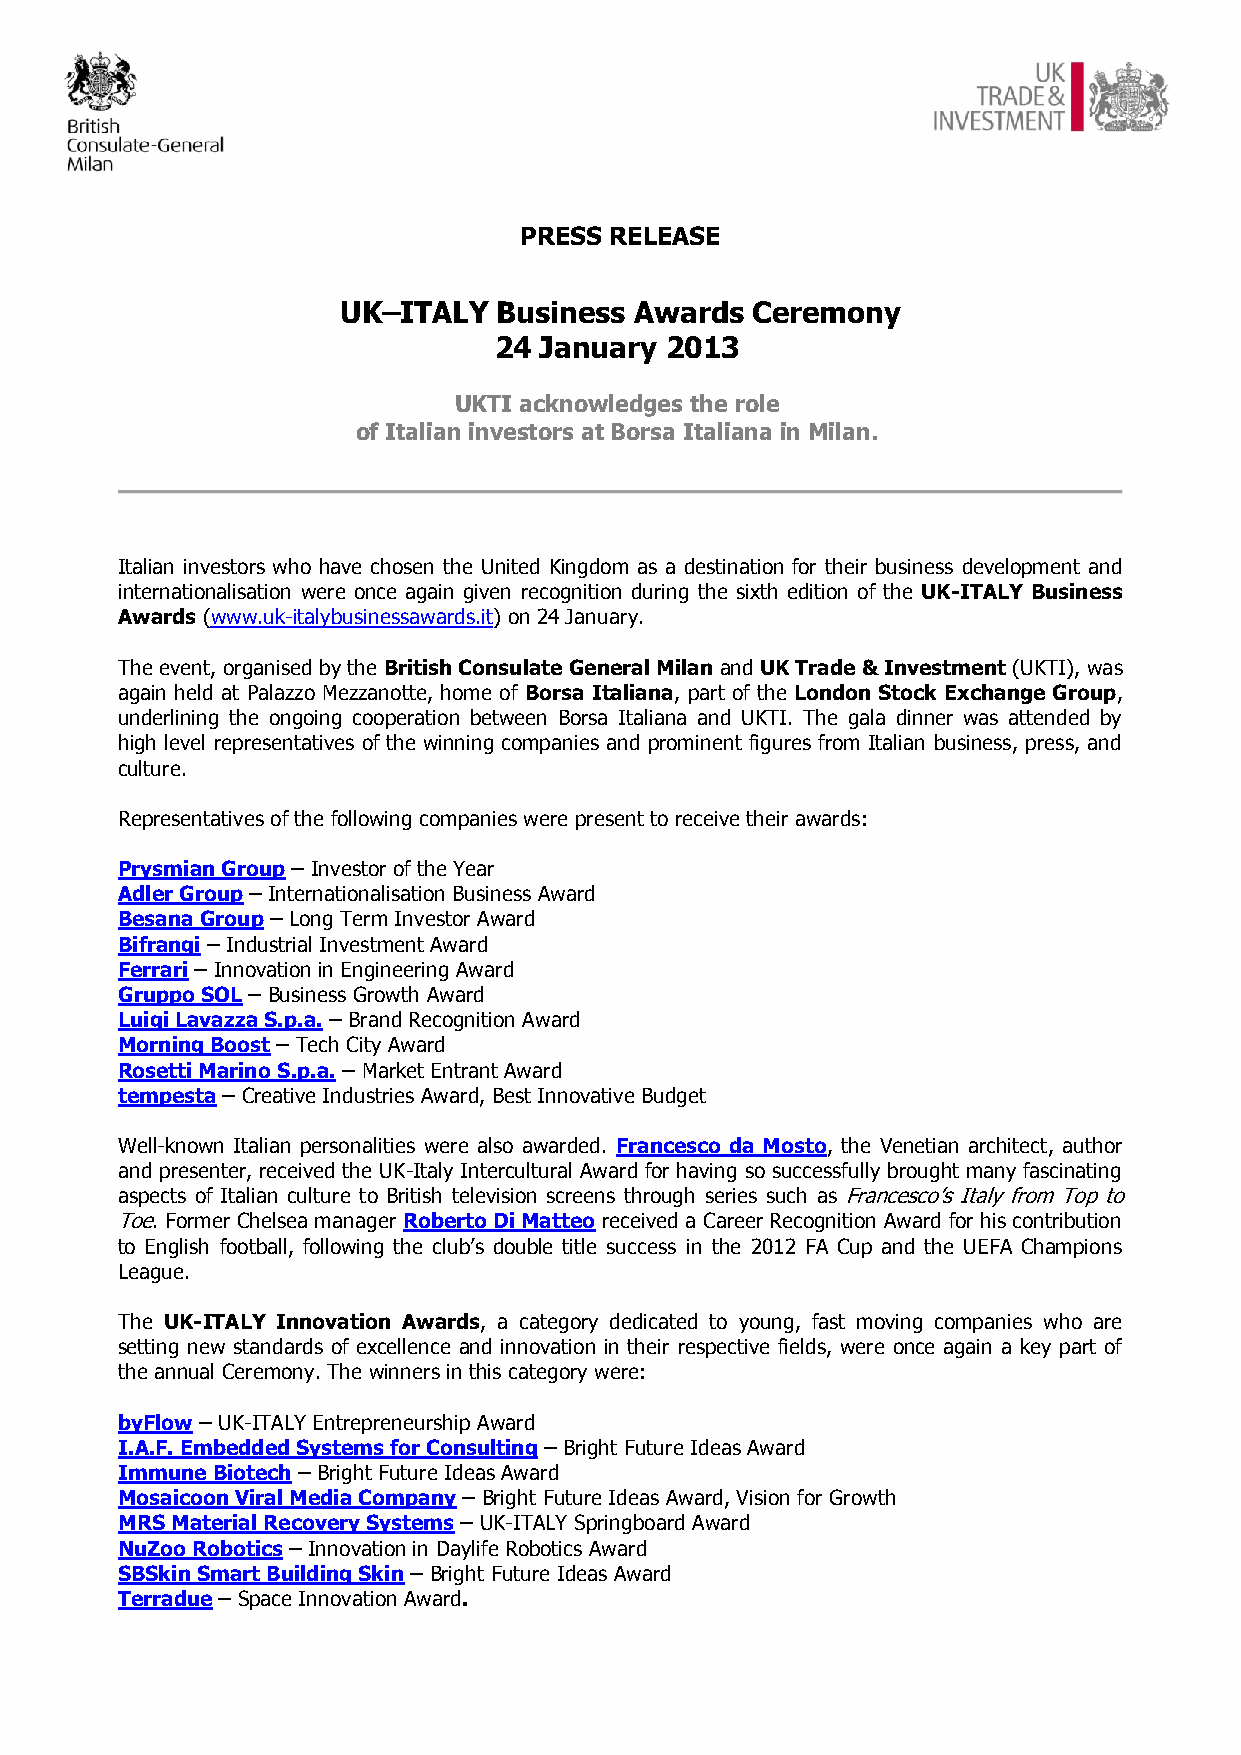
PRESS RELEASE
 UK–ITALY   Business Awards  Ceremony
 24 January 2013
 UKTI acknowledges the role
 of Italian investors at Borsa Italiana in Milan.
 Italian investors who have chosen the United Kingdom as a destination for their business development and
 internationalisation were once again given recognition during the sixth edition of the UK-ITALY Business
 Awards (www.uk-italybusinessawards.it) on 24 January.
 The event, organised by the British Consulate General Milan and UK Trade & Investment (UKTI), was
 again held at Palazzo Mezzanotte, home of Borsa Italiana, part of the London Stock Exchange Group,
 underlining the ongoing cooperation between Borsa Italiana and UKTI. The gala dinner was attended by
 high level representatives of the winning companies and prominent figures from Italian business, press, and
 culture.
 Representatives of the following companies were present to receive their awards:
 Prysmian Group – Investor of the Year
 Adler Group – Internationalisation Business Award
 Besana Group – Long Term Investor Award
 Bifrangi – Industrial Investment Award
 Ferrari – Innovation in Engineering Award
 Gruppo SOL – Business Growth Award
 Luigi Lavazza S.p.a. – Brand Recognition Award
 Morning Boost – Tech City Award
 Rosetti Marino S.p.a. – Market Entrant Award
 tempesta – Creative Industries Award, Best Innovative Budget
 Well-known Italian personalities were also awarded. Francesco da Mosto, the Venetian architect, author
 and presenter, received the UK-Italy Intercultural Award for having so successfully brought many fascinating
 aspects of Italian culture to British television screens through series such as Francesco’s Italy from Top to
 Toe. Former Chelsea manager Roberto Di Matteo received a Career Recognition Award for his contribution
 to English football, following the club’s double title success in the 2012 FA Cup and the UEFA Champions
 League.
 The UK-ITALY Innovation Awards, a category dedicated to young, fast moving companies who are
 setting new standards of excellence and innovation in their respective fields, were once again a key part of
 the annual Ceremony. The winners in this category were:
 byFlow – UK-ITALY Entrepreneurship Award
 I.A.F. Embedded Systems for Consulting – Bright Future Ideas Award
 Immune Biotech – Bright Future Ideas Award
 Mosaicoon Viral Media Company – Bright Future Ideas Award, Vision for Growth
 MRS Material Recovery Systems – UK-ITALY Springboard Award
 NuZoo Robotics – Innovation in Daylife Robotics Award
 SBSkin Smart Building Skin – Bright Future Ideas Award
 Terradue – Space Innovation Award.